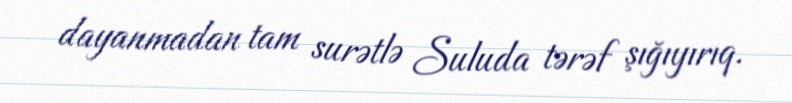
dayanmadan tam surətlə Suluda tərəf şığıyırıq.